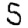
Digit: 5